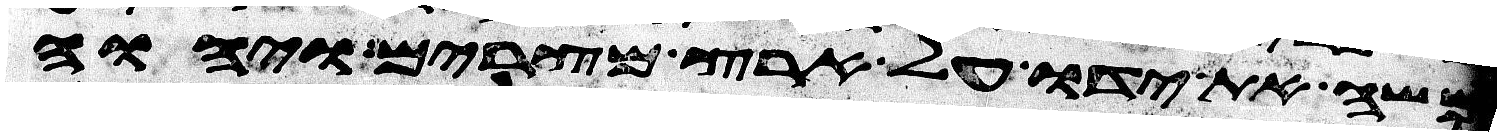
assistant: משה את ידו על ארץ מצרים ויהוה